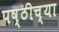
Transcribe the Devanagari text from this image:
पष्ठीच्या